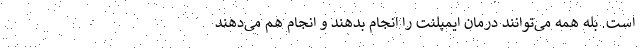
است. بله همه می‌توانند درمان ایمپلنت را انجام بدهند و انجام هم می‌دهند